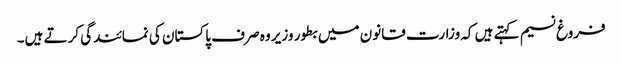
فروغ نسیم کہتے ہیں کہ وزارت قانون میں بطور وزیر وہ صرف پاکستان کی نمائندگی کرتے ہیں۔